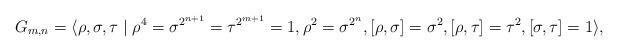
LaTeX: \begin{align*}G_{m,n} = \langle\rho,\sigma,\tau\mid\rho^4=\sigma^{2^{n+1}}=\tau^{2^{m+1}}=1,\rho^2=\sigma^{2^n},\lbrack\rho,\sigma\rbrack=\sigma^2,\lbrack\rho,\tau\rbrack=\tau^2,\lbrack\sigma,\tau\rbrack=1\rangle,\end{align*}